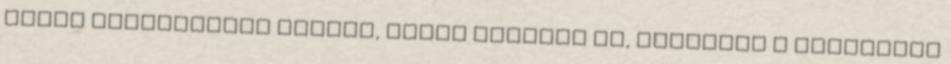
kerek sütőformába teszed, akkor nyújtsd ki, nyomkodd a sütőforma